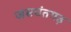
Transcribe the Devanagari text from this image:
जसवंतगढ़